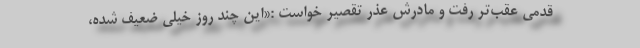
قدمی عقب‌تر رفت و مادرش عذر تقصیر خواست :«این چند روز خیلی ضعیف شده،